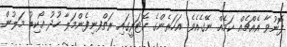
ފޮނުވާ އެއްޗެއް ކަމެއް ނޭގެއެވެ. އަހަރެންގެ ކޮޓަރީގައި ރަތްފނިފެންމަލާ ހުދު އޯކިޑު މަލުން